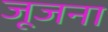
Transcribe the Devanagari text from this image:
जूजना